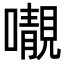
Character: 𡃁